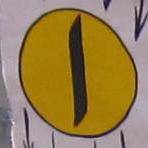
ا